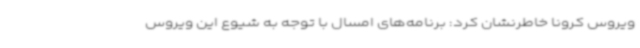
ویروس کرونا خاطرنشان کرد: برنامه‌های امسال با توجه به شیوع این ویروس